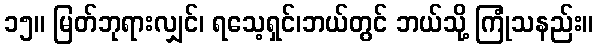
၁၅။ မြတ်ဘုရားလျှင်၊ ရသေ့ရှင်၊ဘယ်တွင် ဘယ်သို့ ကြုံသနည်း။